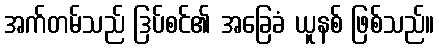
အက်တမ်သည် ဒြပ်စင်၏ အခြေခံ ယူနစ် ဖြစ်သည်။